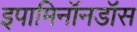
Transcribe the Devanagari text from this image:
इपामिनॉनडॉस